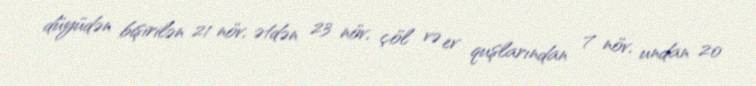
düyüdən bişirilən 21 növ, ətdən 23 növ, çöl və ev quşlarından 7 növ, undan 20